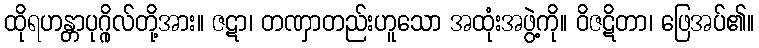
ထိုရဟန္တာပုဂ္ဂိုလ်တို့အား။ ဇဋာ၊ တဏှာတည်းဟူသော အထုံးအဖွဲ့ကို။ ဝိဇဋိတာ၊ ဖြေအပ်၏။